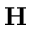
{ \bf H }